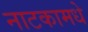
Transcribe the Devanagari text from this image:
नाटकामधे